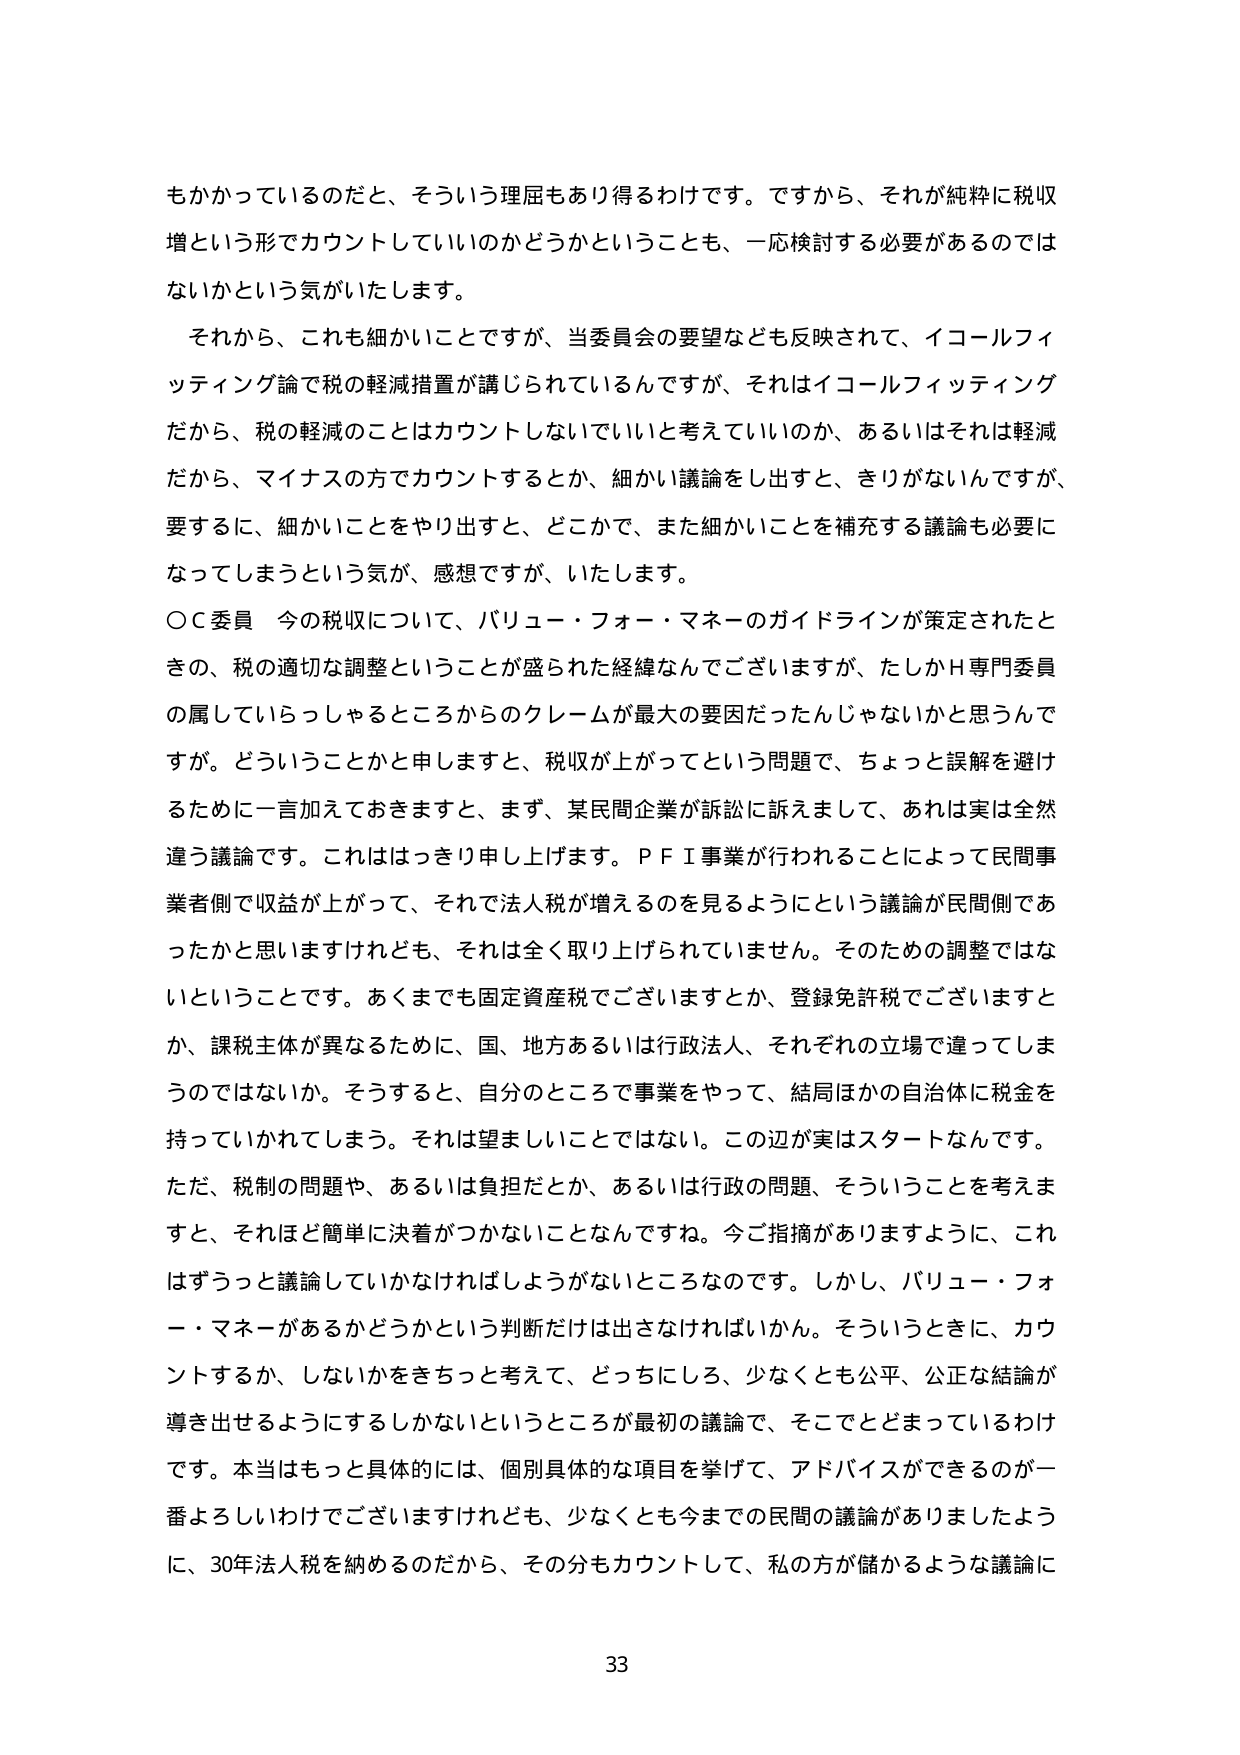
もかかっているのだと、そういう理屈もあり得るわけです。ですから、それが純粋に税収増という形でカウントしていいのかどうかということも、一応検討する必要があるのではないかという気がいたします。

それから、これも細かいことですが、当委員会の要望なども反映されて、イコールフィッティング論で税の軽減措置が講じられているんですが、それはイコールフィッティングだから、税の軽減のことはカウントしないでいいと考えていいのか、あるいはそれは軽減だから、マイナスの方でカウントするとか、細かい議論をし出すと、きりがないんですが、要するに、細かいことをやり出すと、どこかで、また細かいことを補充する議論も必要になってしまうという気が、感想ですが、いたします。

○Ｃ委員 今の税収について、バリュー・フォー・マネーのガイドラインが策定されたときの、税の適切な調整ということが盛られた経緯なんでございますが、たしかＨ専門委員の属していらっしゃるところからのクレームが最大の要因だったんじゃないかなと思うんですが。どういうことかと申しますと、税収が上がってという問題で、ちょっと誤解を避けるために一言加えておきますと、まず、某民間企業が訴訟に訴えまして、あれは実は全然違う議論です。これははっきり申し上げます。ＰＦＩ事業が行われることによって民間事業者側で収益が上がって、それで法人税が増えるのを見るようにという議論が民間側であったかと思いますけれども、それは全く取り上げられていません。そのための調整ではないということです。あくまでも固定資産税でございますとか、登録免許税でございますとか、課税主体が異なるために、国、地方あるいは行政法人、それぞれの立場で違うしまうのではないか。そうすると、自分のところで事業をやって、結局ほかの自治体に税金を持っていかれてしまう。それは望ましいことではない。この辺が実はスタートなんです。

ただ、税制の問題や、あるいは負担だとか、あるいは行政の問題、そういうことを考えますと、それほど簡単に決着がつかないことなんですね。今ご指摘がありますように、これはずうっと議論していかなければならないところなのです。しかし、バリュー・フォー・マネーがあるかどうかという判断だけは出さなければいけないかん。そういうときに、カウントするか、しないかをきちっと考えて、どっちにしろ、少なくとも公平、公正な結論が導き出せるようにするしかないというところが最初の議論で、そこでとまっているわけです。本当はもっと具体的には、個別具体的な項目を挙げて、アドバイスができるのが一番よろしいわけでございますけれども、少なくとも今までの民間の議論がありましたように、30年法人税を納めるのだから、その分もカウントして、私の方が儲かるような議論に

33